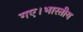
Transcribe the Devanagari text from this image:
गए।भारतीय